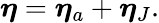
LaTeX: \boldsymbol{\eta}=\boldsymbol{\eta}_{a}+\boldsymbol{\eta}_{J}.